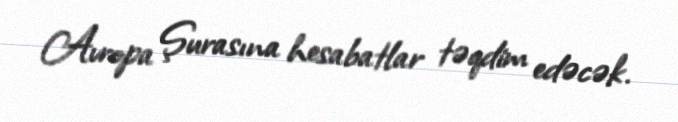
Avropa Şurasına hesabatlar təqdim edəcək.